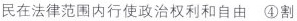
民在法律范围内行使政治权利和自由 ④割